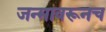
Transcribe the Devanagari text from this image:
जन्मावरूनच